Annual administration report of the Civil Veterinary Department of India - 1896-1897
Year: 1896
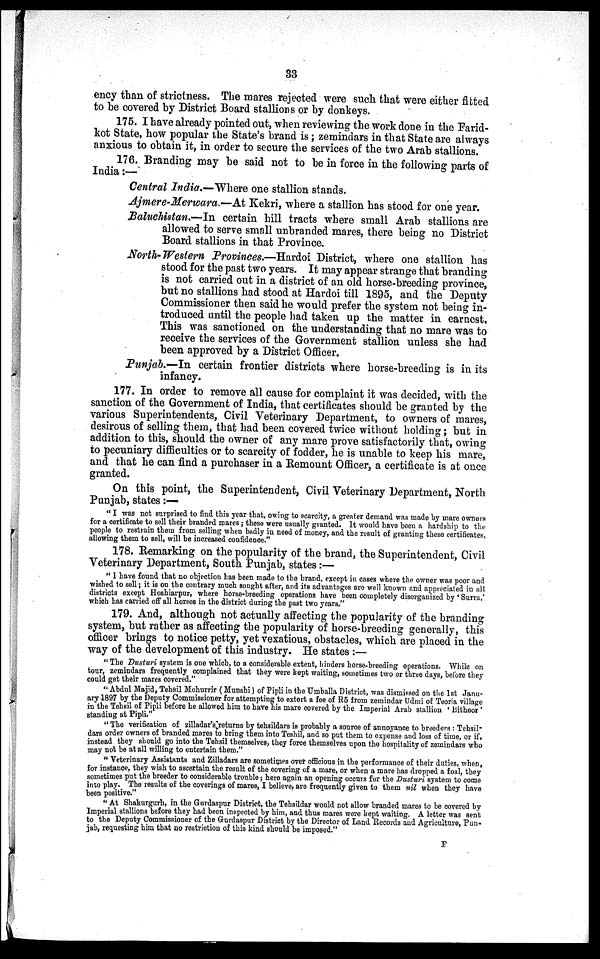
33
ency than of strictness. The mares rejected were such that were either fitted
to be covered by District Board stallions or by donkeys.
175. I have already pointed out, when reviewing the work done in the Farid-
kot State, how popular the State's brand is; zemindars in that State are always
anxious to obtain it, in order to secure the services of the two Arab stallions.
176. Branding may be said not to be in force in the following parts of
India:—
Central India.—Where one stallion stands.
Ajmere-Merwara.—At Kekri, where a stallion has stood for one year.
Baluchistan.—In certain hill tracts where small Arab stallions are
allowed to serve small unbranded mares, there being no District
Board stallions in that Province,
North-Western Provinces.—Hardoi District, where one stallion has
stood for the past two years. It may appear strange that branding
is not carried out in a district of an old horse-breeding province,
but no stallions had stood at Hardoi till 1895, and the Deputy
Commissioner then said he would prefer the system not being in-
troduced until the people had taken up the matter in earnest.
This was sanctioned on the understanding that no mare was to
receive the services of the Government stallion unless she had
been approved by a District Officer.
Punjab.—In certain frontier districts where horse-breeding is in its
infancy.
177. In order to remove all cause for complaint it was decided, with the
sanction of the Government of India, that certificates should be granted by the
various Superintendents, Civil Veterinary Department, to owners of mares,
desirous of selling them, that had been covered twice without holding; but in
addition to this, should the owner of any mare prove satisfactorily that, owing
to pecuniary difficulties or to scarcity of fodder, he is unable to keep his mare,
and that he can find a purchaser in a Remount Officer, a certificate is at once
granted.
On this point, the Superintendent, Civil Veterinary Department, North
Punjab, states:—
"I was not surprised to find this year that, owing to scarcity, a greater demand was made by mare owners
for a certificate to sell their branded mares; these were usually granted. It would have been a hardship to the
people to restrain them from selling when badly in need of money, and the result of granting these certificates,
allowing them to sell, will be increased confidence."
178. Remarking on the popularity of the brand, the Superintendent, Civil
Veterinary Department, South Punjab, states:—
"I have found that no objection has been made to the brand, except in cases where the owner was poor and
wished to sell; it is on the contrary much sought after, and its advantages are well known and appreciated in all
districts except Hoshiarpur, where horse-breeding operations have been completely disorganized by 'Surra,'
which has carried off all horses in the district during the past two years."
179. And, although not actually affecting the popularity of the branding
system, but rather as affecting the popularity of horse-breeding generally, this
officer brings to notice petty, yet vexatious, obstacles, which are placed in the
way of the development of this industry. He states:—
"The Dusturi system is one which, to a considerable extent, binders horse-breeding operations. While on
tour, zemindars frequently complained that they were kept waiting, sometimes two or three days, before they
could get their mares covered."
"Abdul Majid, Tehsil Mohurrir (Munshi) of Pipli in the Umballa District, was dismissed on the 1st Janu-
ary 1897 by the Deputy Commissioner for attempting to extort a fee of R5 from zemindar Udmi of Teoria village
in the Tehsil of Pipli before he allowed him to have his mare covered by the Imperial Arab stallion 'Bithoor'
standing at Pipli."
"The verification of zilladar's returns by tehsildars is probably a source of annoyance to breeders: Tehsil-
dars order owners of branded mares to bring them into Teshil, and so put them to expense and loss of time, or if,
instead they should go into the Tehsil themselves, they force themselves upon the hospitality of zemindars who
may not be at all willing to entertain them."
"Veterinary Assistants and Zilladars are sometimes over officious in the performance of their duties, when,
for instance, they wish to ascertain the result of the covering of a mare, or when a mare has dropped a foal, they
sometimes put the breeder to considerable trouble; here again an opening occurs for the Dusturi system to come
into play. The results of the coverings of mares, I believe, are frequently given to them nil when they have
been positive."
"At Shakurgurh, in the Gurdaspur District, the Tehsildar would not allow branded mares to be covered by
Imperial stallions before they had been inspected by him, and thus mares were kept waiting. A letter was sent
to the Deputy Commissioner of the Gurdaspur District by the Director of Land Records and Agriculture, Pun-
jab, requesting him that no restriction of this kind should be imposed."
F